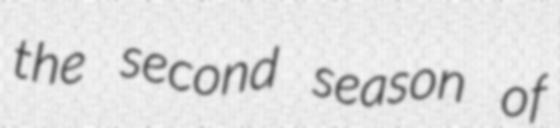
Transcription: the second season of